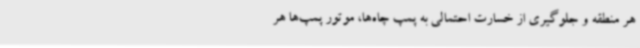
هر منطقه و جلوگیری از خسارت احتمالی به پمپ چاه‌ها، موتور پمپ‌ها هر